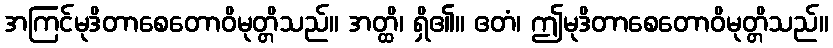
အကြင်မုဒိတာစေတောဝိမုတ္တိသည်။ အတ္ထိ၊ ရှိ၏။ ဧတံ၊ ဤမုဒိတာစေတောဝိမုတ္တိသည်။